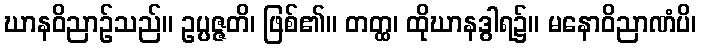
ဃာနဝိညာဉ်သည်။ ဥပ္ပဇ္ဇတိ၊ ဖြစ်၏။ တတ္ထ၊ ထိုဃာနဒွါရ၌။ မနောဝိညာဏံပိ၊